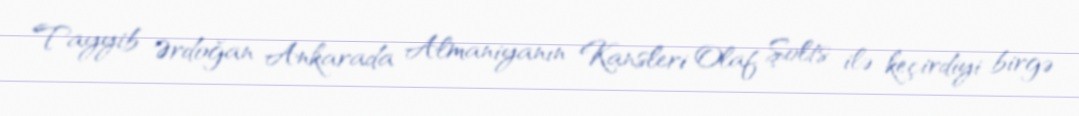
Tayyib Ərdoğan Ankarada Almaniyanın Kansleri Olaf Şolts ilə keçirdiyi birgə